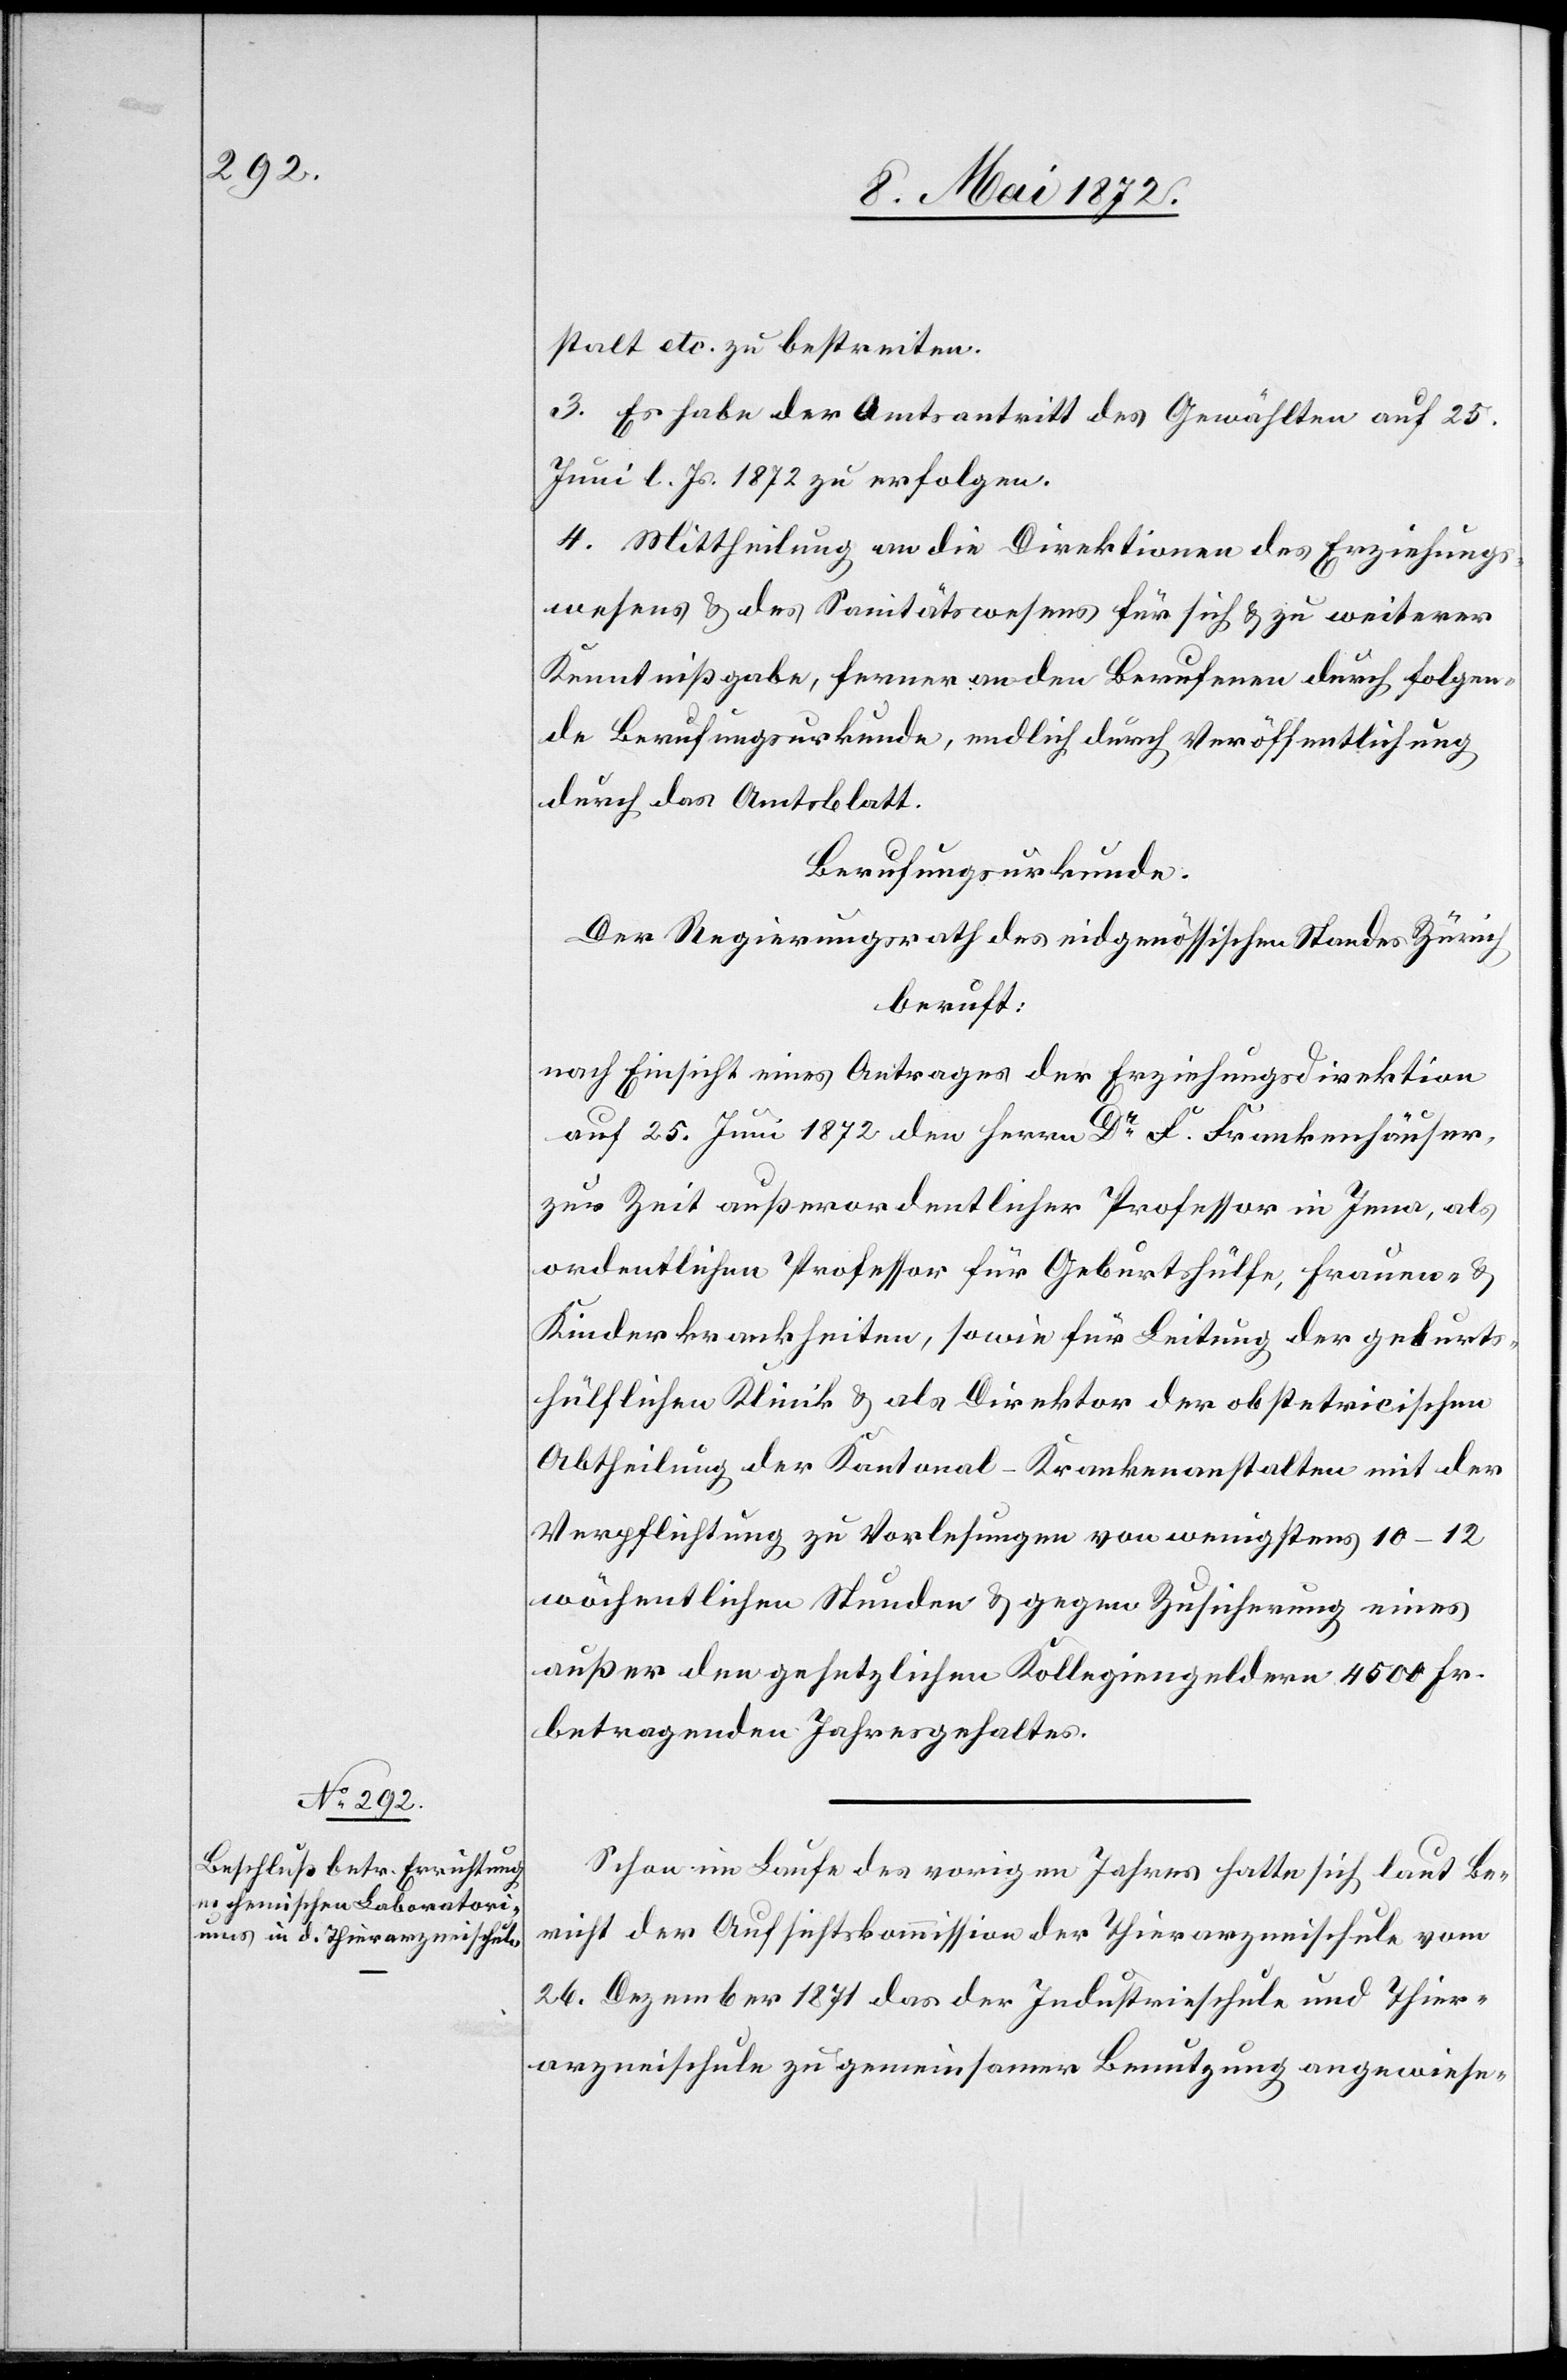
stalt etc. zu bestreiten.
3. Es habe der Amtsantritt des Gewählten auf 25.
Juni l. Js. 1872 zu erfolgen.
4. Mittheilung an die Direktionen des Erziehungs¬
wesens u. des Sanitätswesens u. zu weiterer Kenntnißgabe,
Berufungsurkunde, endlich durch Veröffentlichung
durch das Amtsblatt.
Berufungsurkunde.
Der Regierungsrath des eidgenössischen Standes Zürich
beruft:
nach Einsicht eines Antrages der Erziehungsdirektion
auf 25. Juni 1872 den Herrn Dr. F. Frankenhäuser,
zur Zeit außerordentlicher Professor in Jena, als
ordentlicher Professor für Geburtshülfe, Frauen- u.
Kinderkrankheiten, sowie für Leitung der geburts¬
hülflichen Klinik u. als Direktor der obstetricischen
Abtheilung der Kantonal-Krankenanstalten mit der
Verpflichtung zu Vorlesungen von wenigstens 10–12
wöchentlichen Stunden u. gegen Zusicherung eines
außer den gesetzlichen Kollegiengeldern 4500 Fr.
betragenden Jahresgehaltes.
Schon im Laufe des vorigen Jahres hatte sich laut Be¬
richt der Aufsichtskommission der Thierarzneischule vom
26. Dezember 1871 das der Industrieschule und Thier¬
arzneischule zu gemeinsamer Benutzung angewiese-